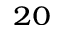
_ { 2 0 }